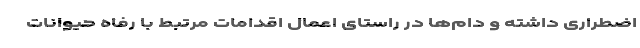
اضطراری داشته و دام‌ها در راستای اعمال اقدامات مرتبط با رفاه حیوانات